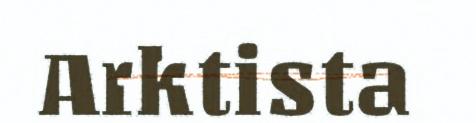
Arktista